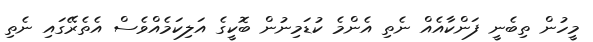
މީހުން ތިބެނީ ފަންކާއެއް ނެތި އެންމެ ކުޑަމިނުން ބޮކީގެ އަލިކަމެއްވެސް އެތެރޭގައި ނެތި